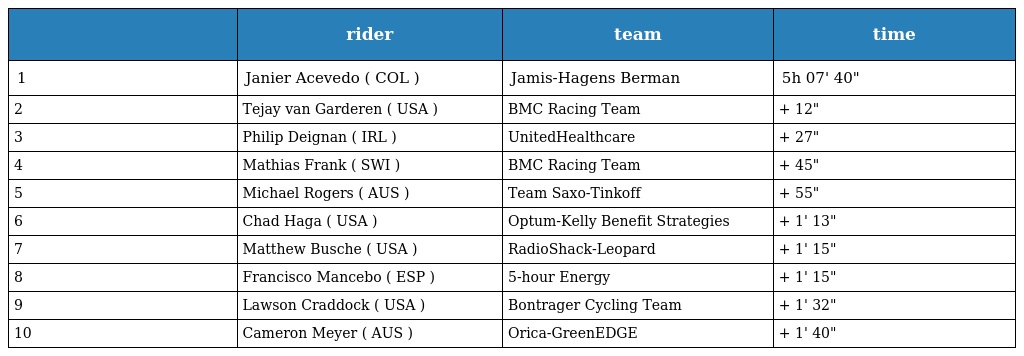
|  | rider | team | time |
 | --- | --- | --- | --- |
 | 1 | Janier Acevedo ( COL ) | Jamis-Hagens Berman | 5h 07' 40" |
 | 2 | Tejay van Garderen ( USA ) | BMC Racing Team | + 12" |
 | 3 | Philip Deignan ( IRL ) | UnitedHealthcare | + 27" |
 | 4 | Mathias Frank ( SWI ) | BMC Racing Team | + 45" |
 | 5 | Michael Rogers ( AUS ) | Team Saxo-Tinkoff | + 55" |
 | 6 | Chad Haga ( USA ) | Optum-Kelly Benefit Strategies | + 1' 13" |
 | 7 | Matthew Busche ( USA ) | RadioShack-Leopard | + 1' 15" |
 | 8 | Francisco Mancebo ( ESP ) | 5-hour Energy | + 1' 15" |
 | 9 | Lawson Craddock ( USA ) | Bontrager Cycling Team | + 1' 32" |
 | 10 | Cameron Meyer ( AUS ) | Orica-GreenEDGE | + 1' 40" |